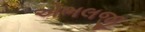
એભલજી